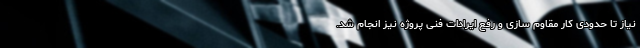
نیاز تا حدودی کار مقاوم سازی و رفع ایرادات فنی پروژه نیز انجام شد.